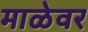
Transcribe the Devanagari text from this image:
माळेवर